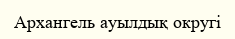
Архангель ауылдық округі